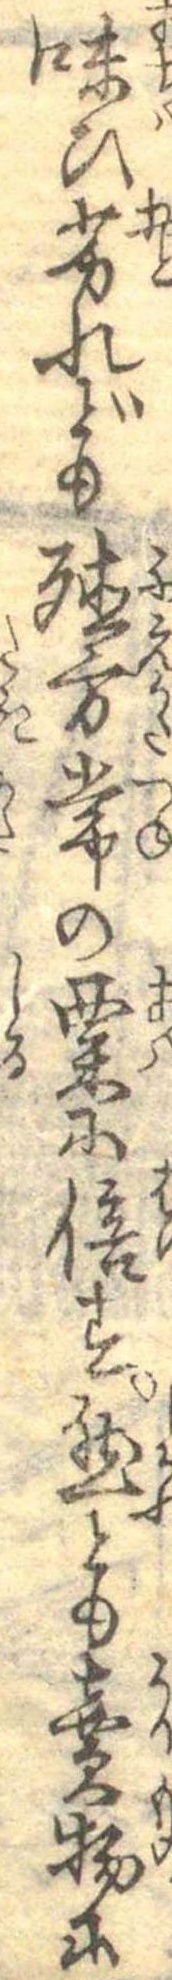
味ひ劣れども殖方常の粟に倍す然とも売物に